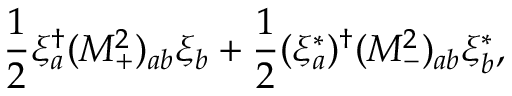
{ \frac { 1 } { 2 } } \xi _ { a } ^ { \dagger } ( { \cal M } _ { + } ^ { 2 } ) _ { a b } \xi _ { b } + { \frac { 1 } { 2 } } ( \xi _ { a } ^ { * } ) ^ { \dagger } ( { \cal M } _ { - } ^ { 2 } ) _ { a b } \xi _ { b } ^ { * } ,